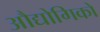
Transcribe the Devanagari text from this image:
औद्योगिकों